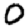
Digit: 0